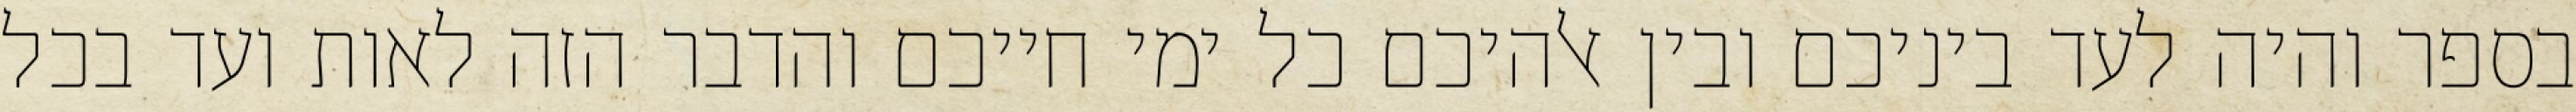
בספר והיה לעד ביניכם ובין אלהיכם כל ימי חייכם והדבר הזה לאות ועד בכל